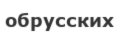
обрусских